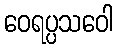
ဝေရပ္ပသဝေါ